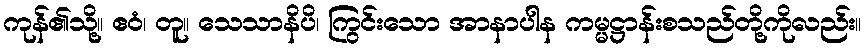
ကုန်၏သို့။ ဧဝံ၊ တူ။ သေသာနိပိ၊ ကြွင်းသော အာနာပါန ကမ္မဋ္ဌာန်းစသည်တို့ကိုလည်း။